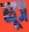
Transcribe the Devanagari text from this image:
ब्यूज